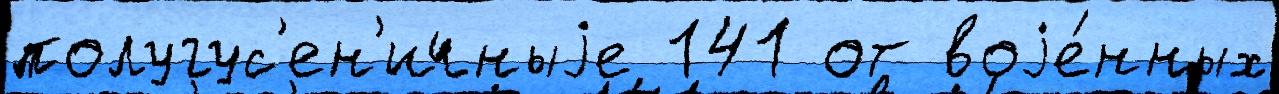
полугус'ен'ичныjе 141 от воjе́нных